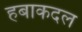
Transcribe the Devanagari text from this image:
हबाकदल